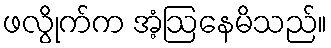
ဖလွိုက်က အံ့ဩနေမိသည်။